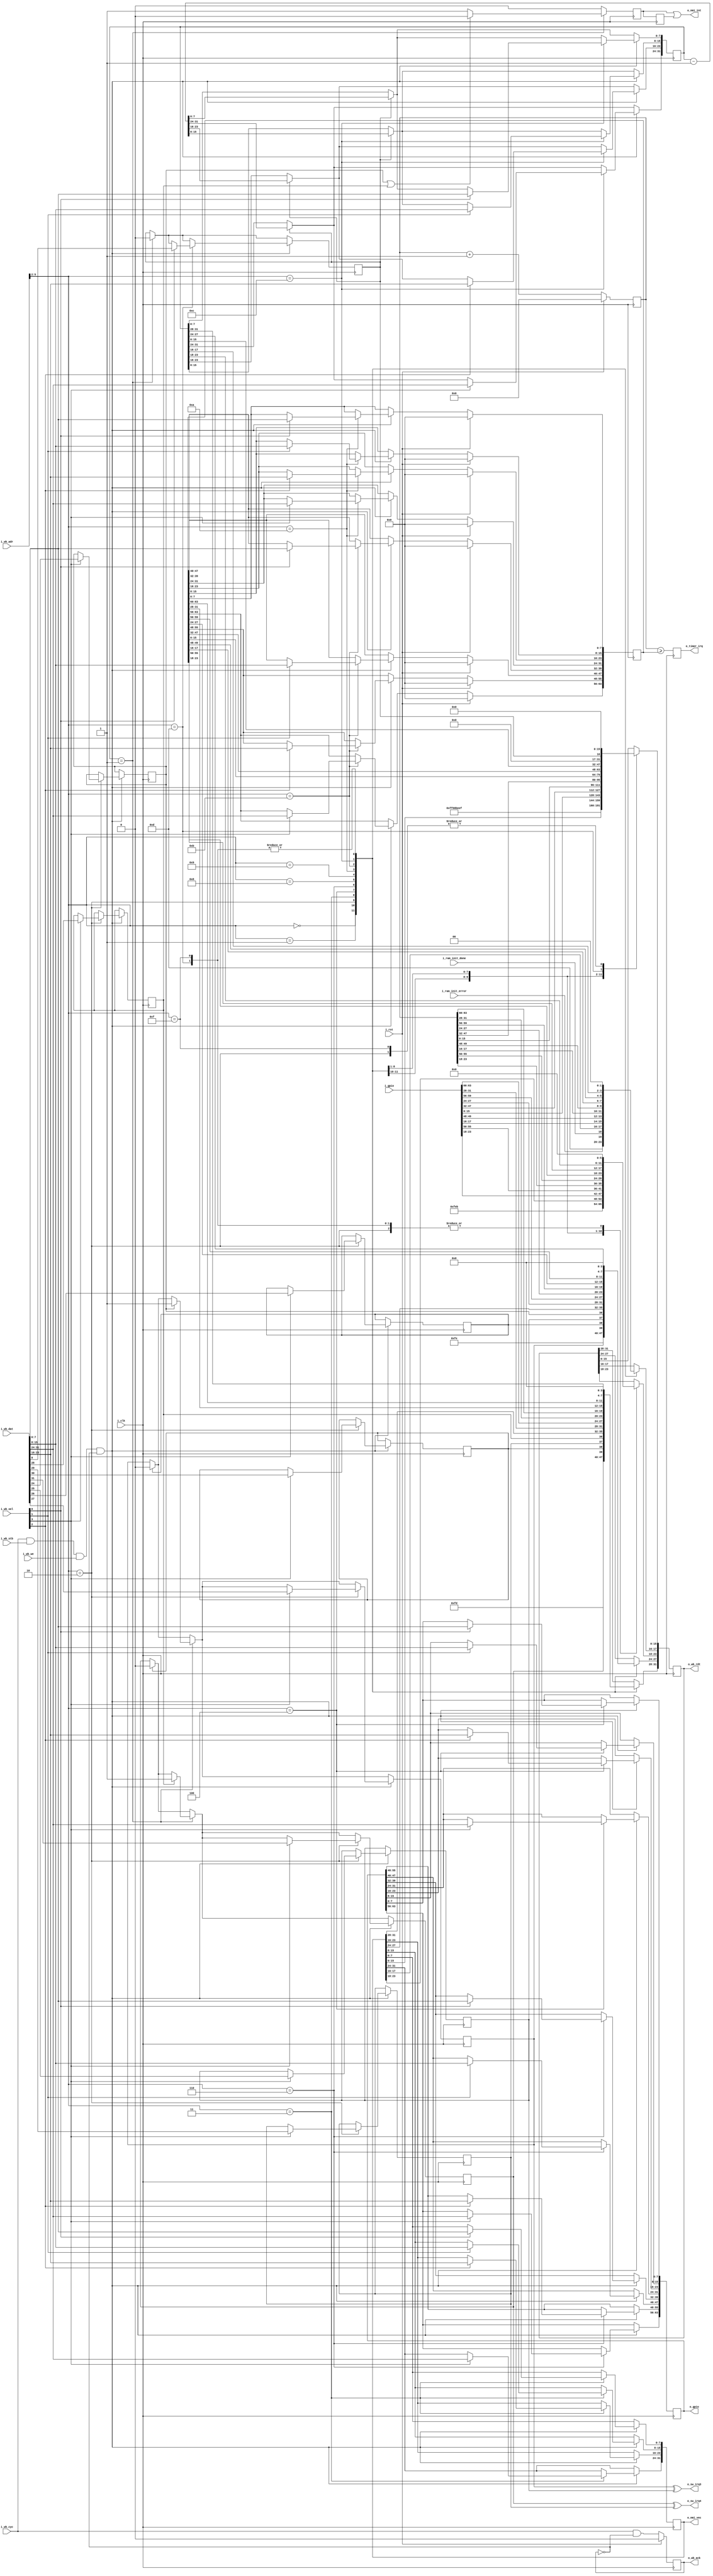
// SPDX-License-Identifier: Apache-2.0
// Copyright 2019-2020 Western Digital Corporation or its affiliates.
//
// Licensed under the Apache License, Version 2.0 (the "License");
// you may not use this file except in compliance with the License.
// You may obtain a copy of the License at
//
// http://www.apache.org/licenses/LICENSE-2.0
//
// Unless required by applicable law or agreed to in writing, software
// distributed under the License is distributed on an "AS IS" BASIS,
// WITHOUT WARRANTIES OR CONDITIONS OF ANY KIND, either express or implied.
// See the License for the specific language governing permissions and
// limitations under the License.

//********************************************************************************
// $Id$
//
// Function: SweRVolf SoC-level controller
// Comments:
//
//********************************************************************************

module swervolf_syscon
  #(parameter [31:0] clk_freq_hz = 0)
  (input wire i_clk,
   input wire 	     i_rst,

   input wire [63:0] i_gpio,
   output reg [63:0] o_gpio,
   output reg 	     o_timer_irq,
   output wire 	     o_sw_irq3,
   output wire 	     o_sw_irq4,
   input wire 	     i_ram_init_done,
   input wire 	     i_ram_init_error,
   output reg [31:0] o_nmi_vec,
   output wire 	     o_nmi_int,

   input wire [5:0]  i_wb_adr,
   input wire [31:0] i_wb_dat,
   input wire [3:0]  i_wb_sel,
   input wire 	     i_wb_we,
   input wire 	     i_wb_cyc,
   input wire 	     i_wb_stb,
   output reg [31:0] o_wb_rdt,
   output reg 	     o_wb_ack);

   reg [63:0] 	      mtime;
   reg [63:0] 	      mtimecmp;

   reg 		 sw_irq3;
   reg 		 sw_irq3_edge;
   reg 		 sw_irq3_pol;
   reg 		 sw_irq3_timer;
   reg 		 sw_irq4;
   reg 		 sw_irq4_edge;
   reg 		 sw_irq4_pol;
   reg 		 sw_irq4_timer;

   reg 		 irq_timer_en;
   reg [31:0] 	 irq_timer_cnt;

   reg 		 nmi_int;
   reg 		 nmi_int_r;

`ifdef SIMPRINT
   reg [1023:0]  signature_file;
   integer 	f = 0;
   initial begin
      if ($value$plusargs("signature=%s", signature_file)) begin
	 $display("Writing signature to %0s", signature_file);
	 f = $fopen(signature_file, "w");
      end
   end
`endif

`ifndef VERSION_DIRTY
 `define VERSION_DIRTY 1
`endif
`ifndef VERSION_MAJOR
 `define VERSION_MAJOR 255
`endif
`ifndef VERSION_MINOR
 `define VERSION_MINOR 255
`endif
`ifndef VERSION_REV
 `define VERSION_REV 255
`endif
`ifndef VERSION_SHA
 `define VERSION_SHA deadbeef
`endif
`ifndef VERSION_PATCH
 `define VERSION_PATCH 0
`endif

   wire [31:0] version;

   assign version[31]    = `VERSION_DIRTY;
   assign version[30:24] = `VERSION_REV;
   assign version[23:16] = `VERSION_MAJOR;
   assign version[15: 8] = `VERSION_MINOR;
   assign version[ 7: 0] = `VERSION_PATCH;

   assign o_sw_irq4 = sw_irq4^sw_irq4_pol;
   assign o_sw_irq3 = sw_irq3^sw_irq3_pol;

   assign o_nmi_int = nmi_int | nmi_int_r;

   wire reg_we = i_wb_cyc & i_wb_stb & i_wb_we & !o_wb_ack;

   //00 = ver
   //04 = sha
   //08 = simprint
   //09 = simexit
   //0A = RAM status
   //0B = sw_irq
   //10 = gpio
   //20 = timer/timecmp
   //40 = SPI
   always @(posedge i_clk) begin
      o_wb_ack <= i_wb_cyc & !o_wb_ack;

      if (sw_irq3_edge)
	sw_irq3 <= 1'b0;
      if (sw_irq4_edge)
	sw_irq4 <= 1'b0;

      if (irq_timer_en)
	irq_timer_cnt <= irq_timer_cnt - 1;

      nmi_int   <= 1'b0;
      nmi_int_r <= nmi_int;

      if (irq_timer_cnt == 32'd1) begin
	 irq_timer_en <= 1'b0;
	 if (sw_irq3_timer)
	   sw_irq3 <= 1'b1;
	 if (sw_irq4_timer)
	   sw_irq4 <= 1'b1;
	 if (!(sw_irq3_timer | sw_irq4_timer))
	   nmi_int <= 1'b1;
      end

      if (reg_we)
	case (i_wb_adr[5:2])
	  2: begin //0x08-0x0B
`ifdef SIMPRINT
	     if (i_wb_sel[0]) begin
		if (|f) $fwrite(f, "%c", i_wb_dat[7:0]);
		$write("%c", i_wb_dat[7:0]);
	     end
	     if (i_wb_sel[1]) begin
		$display("\nFinito");
		$finish;
	     end
`endif
	     if (i_wb_sel[3]) begin
		sw_irq4       <= i_wb_dat[31];
		sw_irq4_edge  <= i_wb_dat[30];
		sw_irq4_pol   <= i_wb_dat[29];
		sw_irq4_timer <= i_wb_dat[28];
		sw_irq3       <= i_wb_dat[27];
		sw_irq3_edge  <= i_wb_dat[26];
		sw_irq3_pol   <= i_wb_dat[25];
		sw_irq3_timer <= i_wb_dat[24];
	     end
	  end
	  3: begin //0x0C-0x0F
	     if (i_wb_sel[0]) o_nmi_vec[7:0]   <= i_wb_dat[7:0];
	     if (i_wb_sel[1]) o_nmi_vec[15:8]  <= i_wb_dat[15:8];
	     if (i_wb_sel[2]) o_nmi_vec[23:16] <= i_wb_dat[23:16];
	     if (i_wb_sel[3]) o_nmi_vec[31:24] <= i_wb_dat[31:24];
	  end
	  4 : begin //0x10-0x13
	     if (i_wb_sel[0]) o_gpio[7:0]   <= i_wb_dat[7:0]  ;
	     if (i_wb_sel[1]) o_gpio[15:8]  <= i_wb_dat[15:8] ;
	     if (i_wb_sel[2]) o_gpio[23:16] <= i_wb_dat[23:16];
	     if (i_wb_sel[3]) o_gpio[31:24] <= i_wb_dat[31:24];
	  end
	  6: begin //0x14-0x17
	     if (i_wb_sel[0]) o_gpio[39:32] <= i_wb_dat[7:0];
	     if (i_wb_sel[1]) o_gpio[47:40] <= i_wb_dat[15:8];
	     if (i_wb_sel[2]) o_gpio[55:48] <= i_wb_dat[23:16];
	     if (i_wb_sel[3]) o_gpio[63:56] <= i_wb_dat[31:24];
	  end
	  10 : begin //0x28-0x2B
	     if (i_wb_sel[0]) mtimecmp[7:0]   <= i_wb_dat[7:0];
	     if (i_wb_sel[1]) mtimecmp[15:8]  <= i_wb_dat[15:8];
	     if (i_wb_sel[2]) mtimecmp[23:16] <= i_wb_dat[23:16];
	     if (i_wb_sel[3]) mtimecmp[31:24] <= i_wb_dat[31:24];
	  end
	  11 : begin //0x2C-0x2F
	     if (i_wb_sel[0]) mtimecmp[39:32] <= i_wb_dat[7:0];
	     if (i_wb_sel[1]) mtimecmp[47:40] <= i_wb_dat[15:8];
	     if (i_wb_sel[2]) mtimecmp[55:48] <= i_wb_dat[23:16];
	     if (i_wb_sel[3]) mtimecmp[63:56] <= i_wb_dat[31:24];
	  end
	  12 : begin //0x30-3f
	     if (i_wb_sel[0]) irq_timer_cnt[7:0]   <= i_wb_dat[7:0]  ;
	     if (i_wb_sel[1]) irq_timer_cnt[15:8]  <= i_wb_dat[15:8] ;
	     if (i_wb_sel[2]) irq_timer_cnt[23:16] <= i_wb_dat[23:16];
	     if (i_wb_sel[3]) irq_timer_cnt[31:24] <= i_wb_dat[31:24];
	  end
	  13 : begin
	     if (i_wb_sel[0])
	       irq_timer_en <= i_wb_dat[0];
	  end
	endcase

      case (i_wb_adr[5:2])
	//0x00-0x03
	0 : o_wb_rdt <= version;
	//0x04-0x07
	1 : o_wb_rdt <= 32'h`VERSION_SHA;
	//0x08-0x0C
	2 : begin
	   //0xB
	   o_wb_rdt[31:28] <= {sw_irq4, sw_irq4_edge, sw_irq4_pol, sw_irq4_timer};
	   o_wb_rdt[27:24] <= {sw_irq3, sw_irq3_edge, sw_irq3_pol, sw_irq3_timer};
	   //0xA
	   o_wb_rdt[23:18] <= 6'd0;
	   o_wb_rdt[17:16] <= {i_ram_init_error, i_ram_init_done};
	   //0x8-0x9
	   o_wb_rdt[15:0]  <= 16'd0;
	end
	//0xC-0xF
	3 : o_wb_rdt <= o_nmi_vec;
	//0x10-0x13
	4 : o_wb_rdt <= i_gpio[31:0];
	//0x18-0x1B
	6 : o_wb_rdt <= i_gpio[63:32];
	//0x20-0x23
	8 : o_wb_rdt <= mtime[31:0];
	//0x24-0x27
	9 : o_wb_rdt <= mtime[63:32];
	//0x28-0x2B
	10 : o_wb_rdt <= mtimecmp[31:0];
	//0x2C-0x2F
	11 : o_wb_rdt <= mtimecmp[63:32];
	//0x30-0x33
	12 : o_wb_rdt <= irq_timer_cnt;
	//0x34-0x37
	13 : o_wb_rdt <= {31'd0, irq_timer_en};
	//0x3C
	15 : o_wb_rdt <= clk_freq_hz;
      endcase

      mtime <= mtime + 64'd1;
      o_timer_irq <= (mtime >= mtimecmp);

      if (i_rst) begin
	 mtime <= 64'd0;
	 mtimecmp <= 64'd0;
	 o_wb_ack <= 1'b0;
      end
   end
endmodule